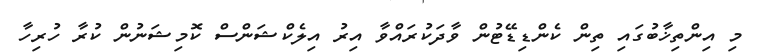
މި އިންތިޚާބުގައި ތިން ކެންޑިޑޭޓުން ވާދަކުރައްވާ އިރު އިލެކްޝަންސް ކޮމިޝަނުން ކުރާ ހުރިހާ